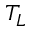
T _ { L }